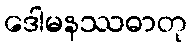
ဒေါမနဿဓာတု